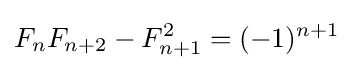
F_{n}F_{n+2}-F_{n+1}^{2}=(-1)^{n+1}